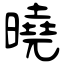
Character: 曉